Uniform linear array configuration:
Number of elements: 4
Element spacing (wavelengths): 0.75
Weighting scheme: binomial
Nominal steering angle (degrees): -15
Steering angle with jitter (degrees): -13.159
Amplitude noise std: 0.05
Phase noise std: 0.05

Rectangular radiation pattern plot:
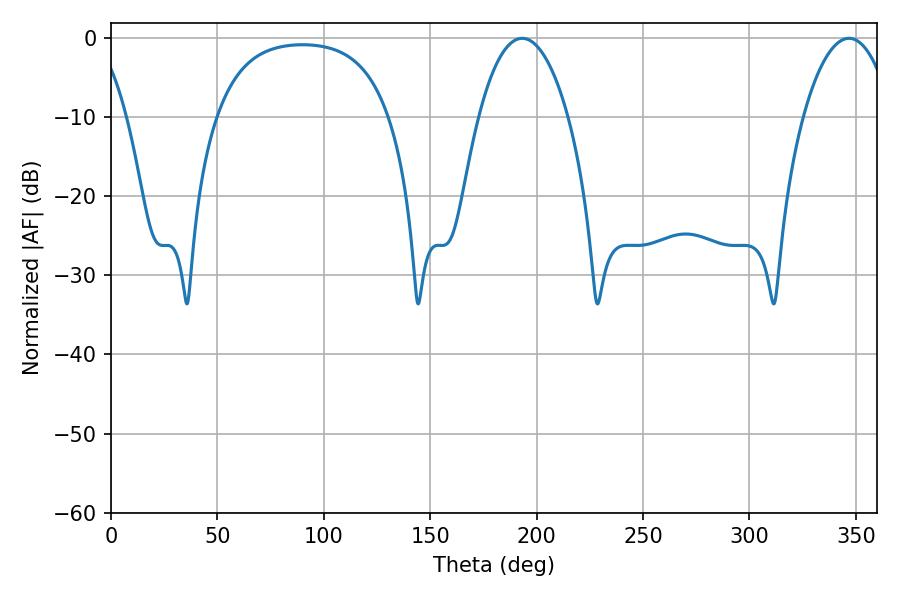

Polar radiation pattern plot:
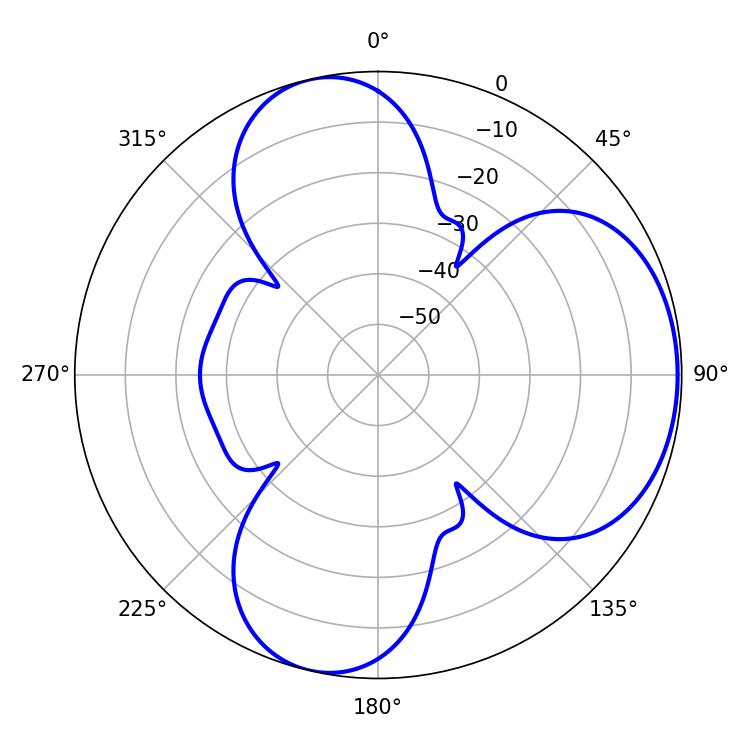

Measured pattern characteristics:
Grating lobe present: TRUE
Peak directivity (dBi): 5.59
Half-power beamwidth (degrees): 23.58
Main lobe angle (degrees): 193.14